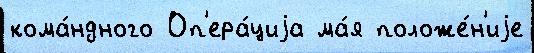
кома́ндного Оп'ера́циjа ма́я положе́н'иjе